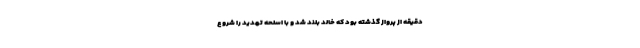
دقیقه از پرواز گذشته بود که خالد بلند شد و با اسلحه تهدید را شروع